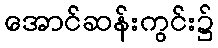
အောင်ဆန်းကွင်း၌